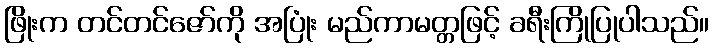
ဖြိုးက တင်တင်ဇော်ကို အပြုံး မည်ကာမတ္တဖြင့် ခရီးကြိုပြုပါသည်။